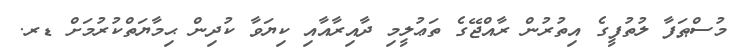
މުސްޠަފާ ލުތުފީގެ އިތުރުން ރާއްޖޭގެ ތަޢުލީމި ދާއިރާއާއި ކިޔަވާ ކުދިން ޙިމާޔަތްކުރުމަށް ޑރ.